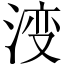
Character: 𣷷